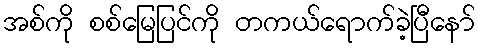
အစ်ကို စစ်မြေပြင်ကို တကယ်ရောက်ခဲ့ပြီနော်